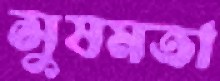
সুষমতা